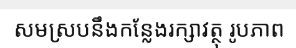
សមស្របនឹងកន្លែងរក្សាវត្ថុ រូបភាព